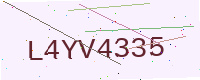
Text: L4YV4335